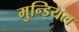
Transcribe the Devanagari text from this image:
मुन्डियल